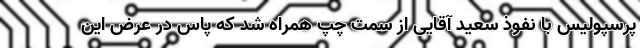
پرسپولیس با نفوذ سعید آقایی از سمت چپ همراه شد که پاس در عرض این